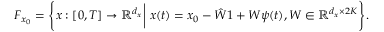
\begin{array} { r } { F _ { x _ { 0 } } = \Bigg \{ x : [ 0 , T ] \to \mathbb { R } ^ { d _ { x } } \bigg \vert \ x ( t ) = x _ { 0 } - \hat { W } \boldsymbol { 1 } + W \psi ( t ) , W \in \mathbb { R } ^ { d _ { x } \times 2 K } \Bigg \} . } \end{array}